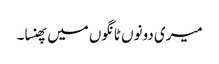
میری دونوں ٹانگوں میں پھنسا۔